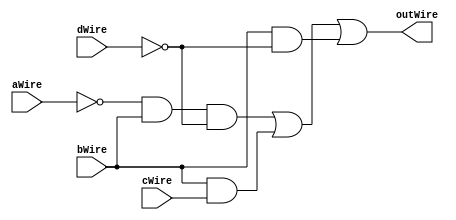
`timescale 1ns / 1ps
//////////////////////////////////////////////////////////////////////////////////
// Module Name: booleanAlgebra
// Project Name: mainProject
// Description: Build the Minimized Circuit: y = a'bd' + bc + bd'
// 
//////////////////////////////////////////////////////////////////////////////////


module booleanAlgebra
(
input dWire,
input cWire,
input bWire,
input aWire,
output outWire
);
// NOT = ~
// AND = &
// OR = |
assign outWire = (~aWire & bWire & ~dWire) | (bWire & cWire) | (bWire & ~dWire);

endmodule